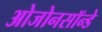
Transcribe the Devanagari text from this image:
ओजोनसॉन्‍डे